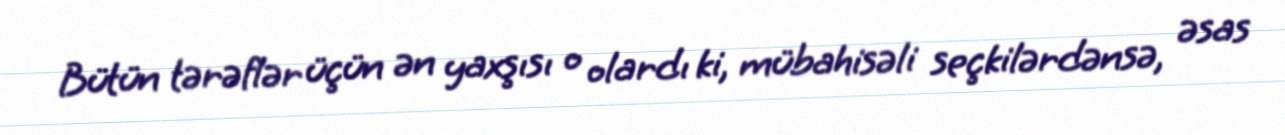
Bütün tərəflər üçün ən yaxşısı o olardı ki, mübahisəli seçkilərdənsə, əsas